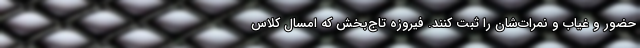
حضور و غیاب و نمرات‌شان را ثبت کنند. فیروزه تاج‌بخش که امسال کلاس